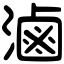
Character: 滷